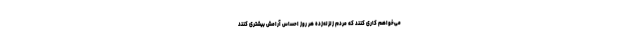
می‌خواهم کاری کنند که مردم زلزله‌زده هر روز احساس آرامش بیشتری کنند